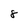
Character: 8